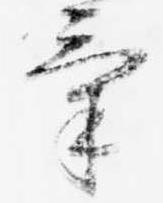
気